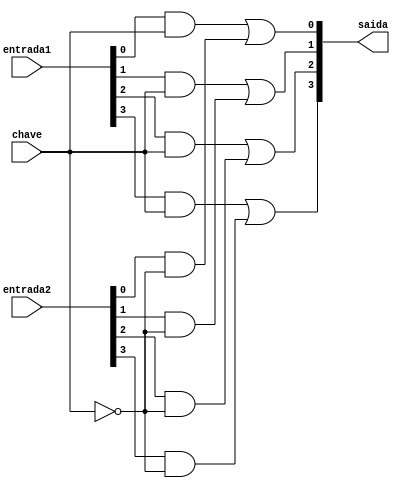
// ------------------------- 
// Exemplo0036 - F4 
// Nome: Michelle da Costa Silva 
// -------------------------
 
// ------------------------- 
// f4_gate 
// ------------------------- 

     module sel (output [3:0]saida, input [3:0]entrada1, input [3:0]entrada2, input chave); 

		wire [7:0]s; 
		wire saida_not;

	   not NOT1(saida_not, chave); 
	 
	  and AND1(s[0], entrada1[0], chave);
     and AND2(s[1], entrada1[1], chave);
     and AND3(s[2], entrada1[2], chave);
     and AND4(s[3], entrada1[3], chave);

     and AND5(s[4], entrada2[0], saida_not);
     and AND6(s[5], entrada2[1], saida_not);
     and AND7(s[6], entrada2[2], saida_not);
     and AND8(s[7], entrada2[3], saida_not);
   	 
	  or OR1(saida[0], s[0], s[4]);
     or OR2(saida[1], s[1], s[5]);
     or OR3(saida[2], s[2], s[6]);
     or OR4(saida[3], s[3], s[7]);
   
	 endmodule // sel 


    module f4 (output [3:0]saida, input [3:0]entrada1, input [3:0]entrada2, input chave);
					
		wire [3:0]saida_xor; 
      wire [3:0]saida_xnor; 

	  xor XOR1(saida_xor[0], entrada1[0], entrada2[0]);
     xor XOR2(saida_xor[1], entrada1[1], entrada2[1]);
     xor XOR3(saida_xor[2], entrada1[2], entrada2[2]);
     xor XOR4(saida_xor[3], entrada1[3], entrada2[3]);
   	 
	  xnor XNOR1(saida_xnor[0], entrada1[0], entrada2[0]);
     xnor XNOR2(saida_xnor[1], entrada1[1], entrada2[1]);
     xnor XNOR3(saida_xnor[2], entrada1[2], entrada2[2]);
     xnor XNOR4(saida_xnor[3], entrada1[3], entrada2[3]);
	  
	  sel SEL1 (saida, saida_xor, saida_xnor, chave);
	 
	 endmodule //f4

// ------------------------- 
// -- test f4
// -------------------------
    
	  module test_f4; 

// ------------------------- definir dados 
    
	 reg  [3:0] x;
	 reg  [3:0] y;
	 reg  c;
	 wire [3:0] s;
	 
// ------------------------- instancia 
	 
     f4 modulo (s, x, y, c);
	  
// ------------------------- parte principal 
    
	 initial begin

      $display("Exemplo0036 - Michelle da Costa Silva");
      $display("Test LU's module");
      $display("Legenda da chave: 0-igual 1-diferente \n");
		
		#1 x = 4'b0011;	y = 4'b0101; c = 0;
		$monitor("Chave = %1b\t x = %4b\t y = %4b\t Resultado = %4b", c, x, y, s);
      #1 x = 4'b0011;	y = 4'b0101; c = 1;
    
		#1 x = 4'b0000;	y = 4'b1111; c = 0;
		#1 x = 4'b0000;	y = 4'b1111; c = 1;

   	#1 x = 4'b1010;	y = 4'b0101; c = 0;
		#1 x = 4'b1010;	y = 4'b0101; c = 1;

		
		end
endmodule // test_f4